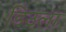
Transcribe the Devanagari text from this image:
डिउला